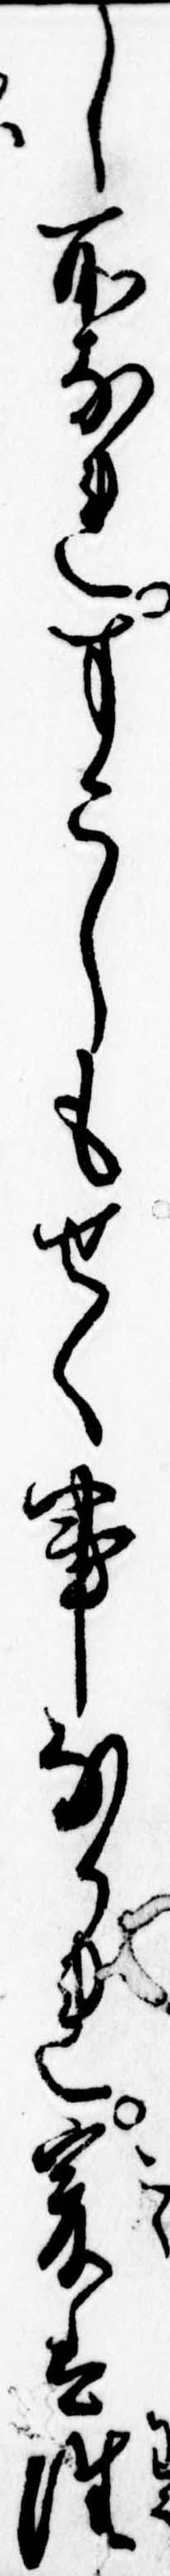
し所なれすこしもせく事なかれ爰は往